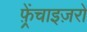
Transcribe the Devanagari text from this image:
फ़्रेंचाइज़रों